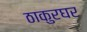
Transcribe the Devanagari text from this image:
ठाकुरघर